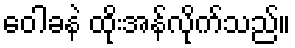
ဝေါခနဲ ထိုးအန်လိုက်သည်။